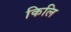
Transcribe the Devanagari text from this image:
किलि